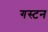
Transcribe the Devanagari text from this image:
गस्टन